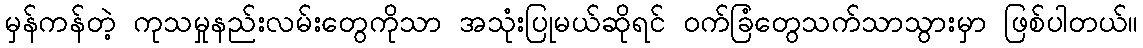
မှန်ကန်တဲ့ ကုသမှုနည်းလမ်းတွေကိုသာ အသုံးပြုမယ်ဆိုရင် ဝက်ခြံတွေသက်သာသွားမှာ ဖြစ်ပါတယ်။